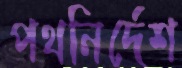
পথনির্দেশ